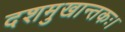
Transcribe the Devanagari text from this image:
दशमुखान्तकः।